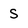
Character: S